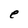
Character: e